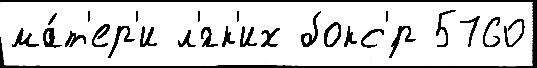
ма́т'ер'и л'́гк'их бокс'́р 5760